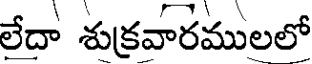
లేదా శుక్రవారములలో